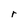
Character: r